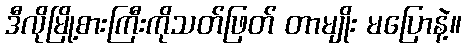
ဒီလိုမြို့စားကြီးကိုသတ်ဖြတ် တာမျိုး မပြောနဲ့။